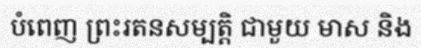
បំពេញ ព្រះរតនសម្បត្តិ ជាមួយ មាស និង